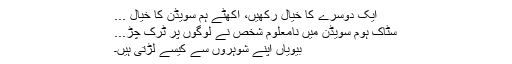
ایک دوسرے کا خیال رکھیں، اکھٹے ہم سویڈن کا خیال ...
سٹاک ہوم سویڈن میں نامعلوم شخص نے لوگوں پر ٹرک چڑ...
بیویاں اپنے شوہروں سے کیسے لڑتی ہیں۔